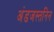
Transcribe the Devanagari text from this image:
अंडजस्तनिन